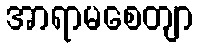
အာရာမစေတျာ